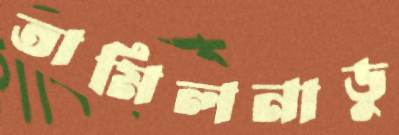
তামিলনাডু